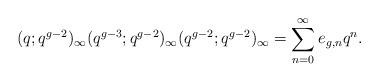
LaTeX: \begin{align*} (q; q^{g-2})_\infty (q^{g-3}; q^{g-2})_\infty(q^{g-2}; q^{g-2})_\infty&=\sum_{n=0}^\infty e_{g,n} q^n.\end{align*}